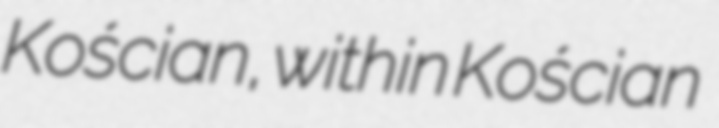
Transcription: Kościan, within Kościan